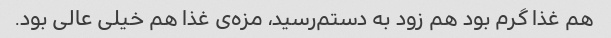
هم غذا گرم بود هم زود به دستم‌رسید، مزه‌ی غذا هم خیلی عالی بود.